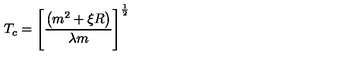
T _ { c } = \left[ \frac { \left( m ^ { 2 } + \xi R \right) } { \lambda m } \right] ^ { \frac 1 2 }